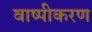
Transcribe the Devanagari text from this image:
वाष्‍पीकरण